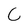
Character: 6